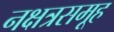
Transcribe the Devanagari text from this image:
नक्षत्रसमूह